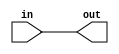
// This program was cloned from: https://github.com/lnis-uofu/SOFA
// License: MIT License

//
//
//
//
//
//
//
//
`timescale 1ns / 1ps

//
//
module direct_interc(in,
                     out);
//
input [0:0] in;
//
output [0:0] out;

//
//


//
//

wire [0:0] in;
wire [0:0] out;
	assign out[0] = in[0];
endmodule
//


//